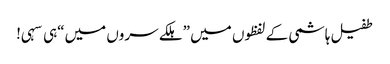
طفیل ہاشمی کے لفظوں میں ”ہلکے سروں میں“ہی سہی!